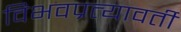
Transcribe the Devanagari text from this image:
विभवप्रत्यावर्ती